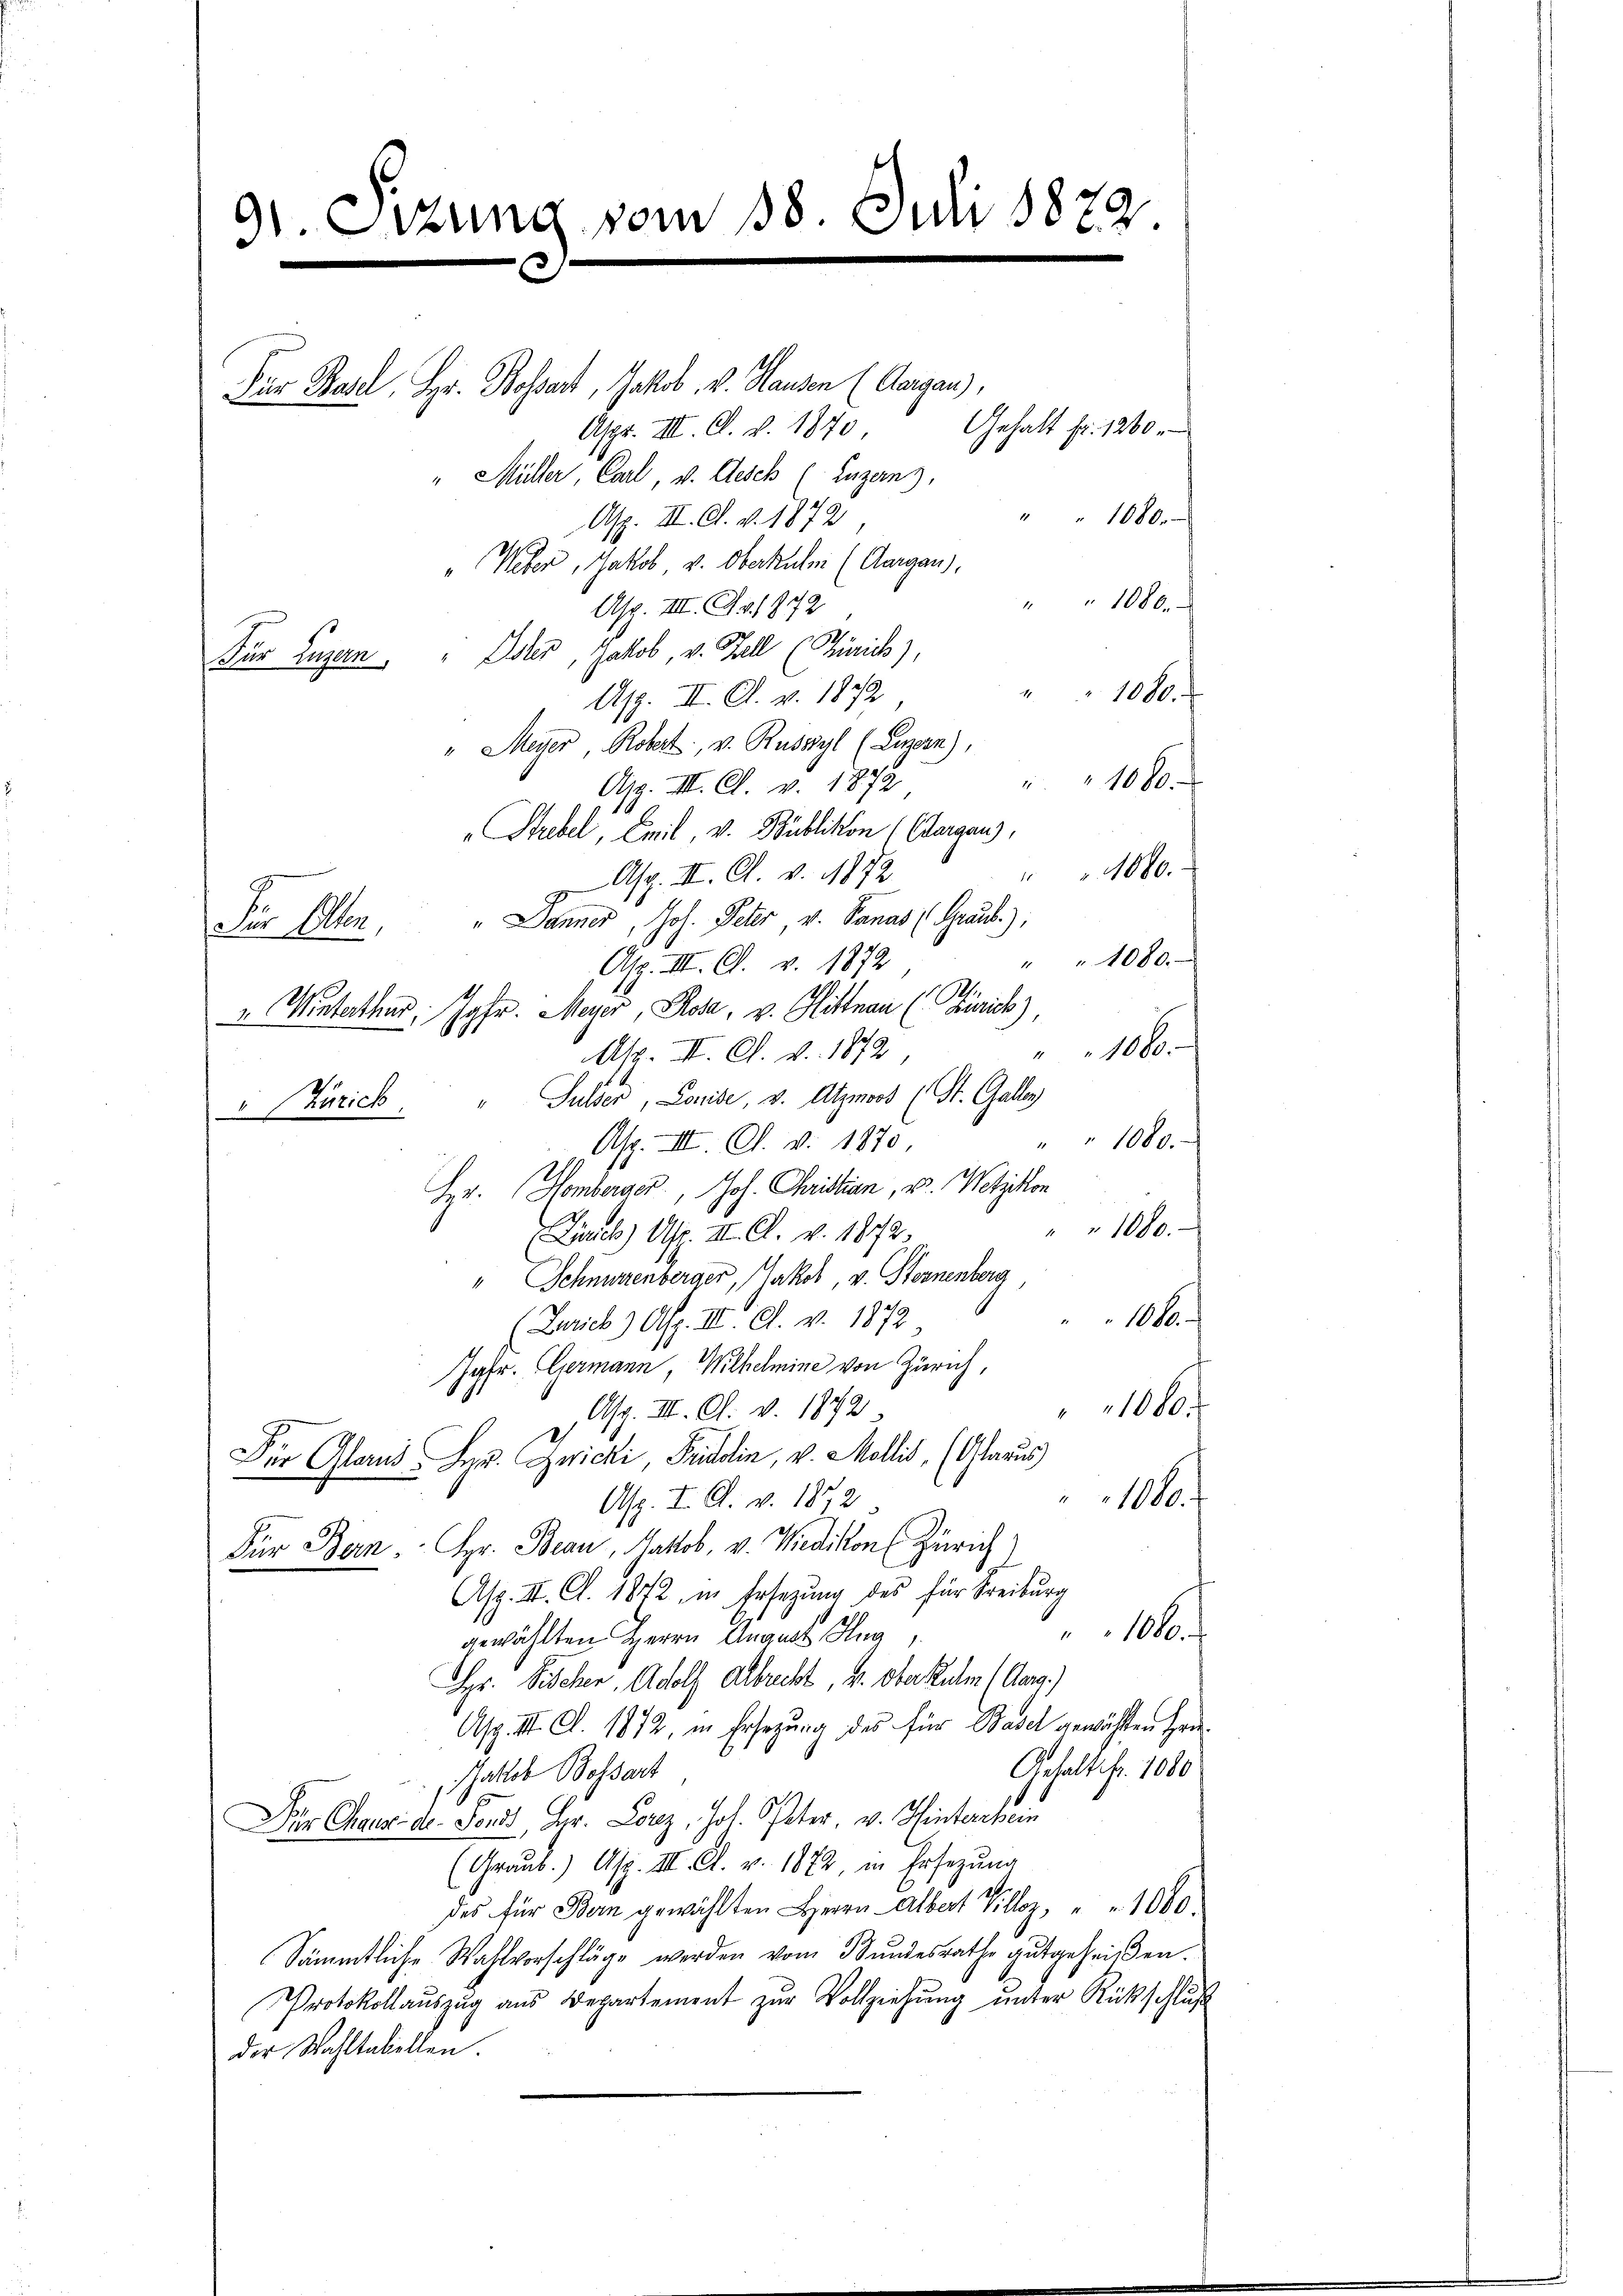
91. Sizung vom 18. Juli 1872.

Für Basel, Hr. Bossart, Jakob. v. Hausen (Aargau),
Aspr. III. A. v. 1870
" Müller Carl, u. Gesch (Luzern).
1080.
Asp. II. A. v. 1872
" Weber, Jakob v. Oberkulm (Aargau),
1000
Asp. III. S. 1872
Ester, Jakob, v. Fell (Zürich),
Für Luzern,
" " 1080.
Asp. III. Cl. v. 1872
" Meyer, Robert, v. Russyl (Luzern),
106.
Asp. III. C. v. 1872
"Strebel, Zeit, v. Publikon ( Chargen,
" " 1000.
Asp. III. A. v. 1872
Für Alten, " Danner, Joh. Peter v. Panas (Graub.)
Asp. III. C. v. 1872
u Winterthur. Jahr. Meyer, Rosa, v. Hittnau (Zürich)
Asp. II. A. v. 1879
" Gulder, Louise, v. Atzmoos (St. Gallen
 Zürich
Asp. III. C. v. 1870.
Hr. Homberger, Joh. Christian, u. Wetzikon
Zürich) Usp. II. Cl. v. 1872.
" Schnurrenberger, Jakob, v. Sternenberg
1010
(Zürich) Asp. III S. v. 1872
Jgfr. Germann, Wilhelmine von Zürich,
1080.
Asp. III. Cl. v. 1872
Für Gland Hr. Zwicki Fridlin, v. Mollis, (Glarus
1000.
Asp. I. A. v. 1872.
Für Bern. Hr. Beau, Gattob, v. Wiedikon (Zürich
Asp. II. Cl. 1872, in Ersezung des für Freiburg
1000.
gewählten Herrn Anant Hug,
Hr. Fischer, Adolf Albrecht, Hr. Ober Ruhm (Aarg.)
Asp. II. Cl. 1872, in Ersezung des für Stadel gewählten Hei¬
Gehalt fr. 1000
Phatlob Bossart
Der Chaux-de. Sond her. Lorz, Joh. Peter, v. Hinterchein
(Graub.) Asp. III. A. v. 1872, in Ersezung
des für Bern gewählten Herrn Albert Villoz, " " 1080.
Sämmtliche Wahlvorschläge werden vom Bundesrathe gutgeheißen.
Protokollaŭszŭg ans Departement zŭr Vollziehŭng ŭnter Rückschluß
Der Wahltabellen.

Gehalt Fr. 1260.

" " 1080.
1080.

" " 1000.
" " 1080.